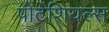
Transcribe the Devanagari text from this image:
पोटेंशियल्स